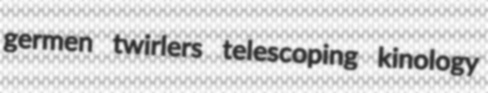
germen twirlers telescoping kinology